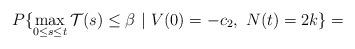
LaTeX: \begin{align*}P\{\max_{0\le s\le t}\mathcal{T}(s)\le \beta\ |\ V(0) = -c_2,\ N(t) = 2k\} = \end{align*}